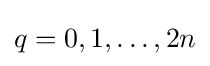
q=0,1,\ldots ,2n